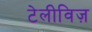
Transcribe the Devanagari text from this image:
टेलीविज़